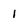
Character: I